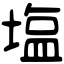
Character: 塩